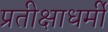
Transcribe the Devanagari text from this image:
प्रतीक्षाधर्मी